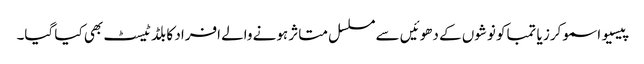
پیسیو اسموکرز یا تمباکو نوشوں کے دھوئیں سے مسلسل متاثر ہونے والے افراد کا بلڈ ٹیسٹ بھی کیا گیا۔